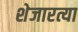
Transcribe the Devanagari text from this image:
शेजारत्या